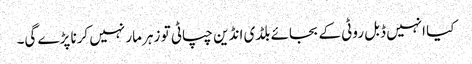
کیا انہیں ڈبل روٹی کے بجائے بلڈی انڈین چپاٹی تو زہر مار نہیں کرنا پڑے گی۔